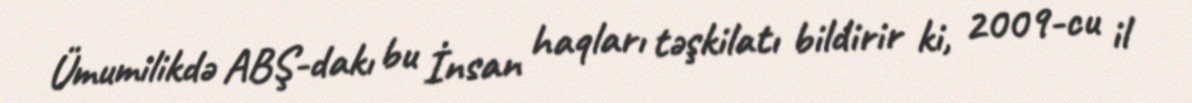
Ümumilikdə ABŞ-dakı bu İnsan haqları təşkilatı bildirir ki, 2009-cu il